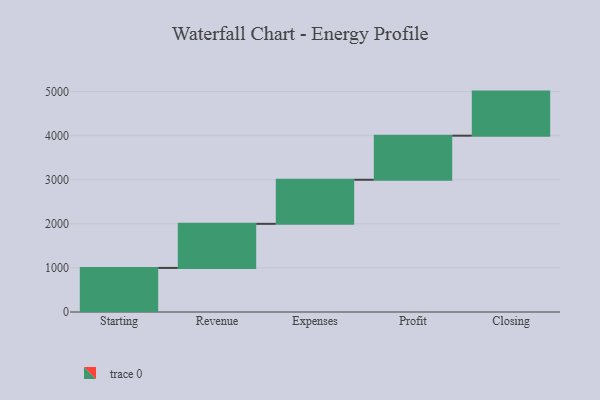
{"axis": {"x": "Step", "y": "Value"}, "legend": [""], "data": [{"x": "Starting", "y": 1000, "type": ""}, {"x": "Revenue", "y": 1000, "type": ""}, {"x": "Expenses", "y": 1000, "type": ""}, {"x": "Profit", "y": 1000, "type": ""}, {"x": "Closing", "y": 1000, "type": ""}]}